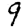
Digit: 9